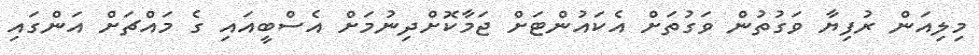
މިލިއަން ރުފިޔާ ވަގުތުން ވަގުތަށް އެކައުންޓަށް ޖަމާކޮށްދިނުމަށް އެސްބީއައި ގެ މައްޗަށް އަންގައި